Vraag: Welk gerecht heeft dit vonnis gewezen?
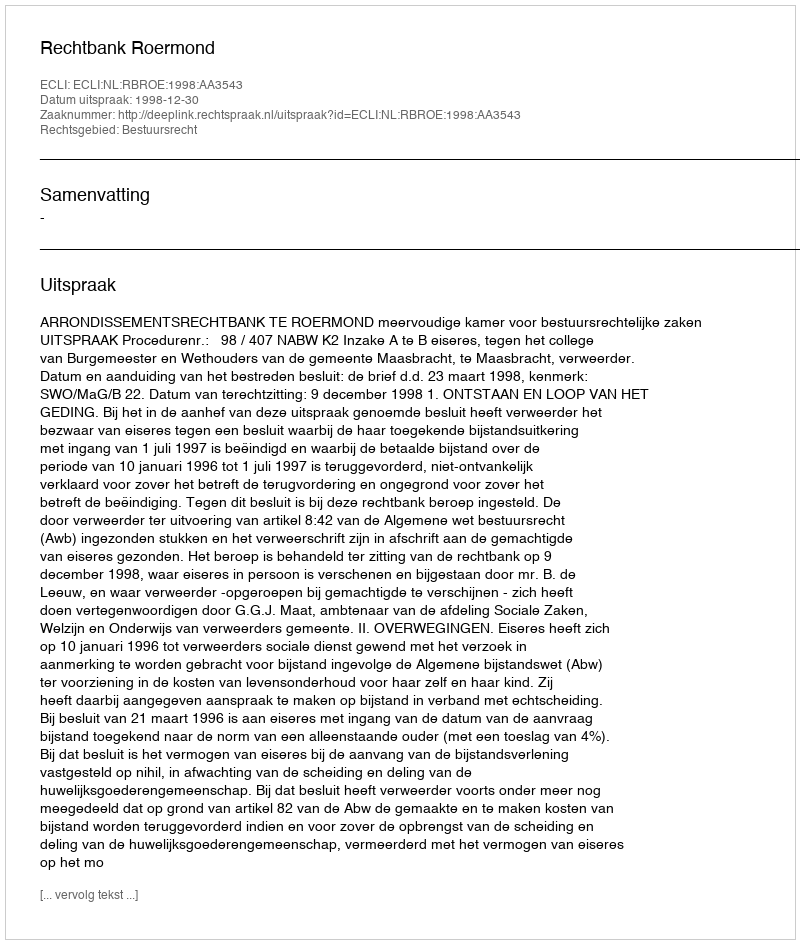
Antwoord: Rechtbank Roermond